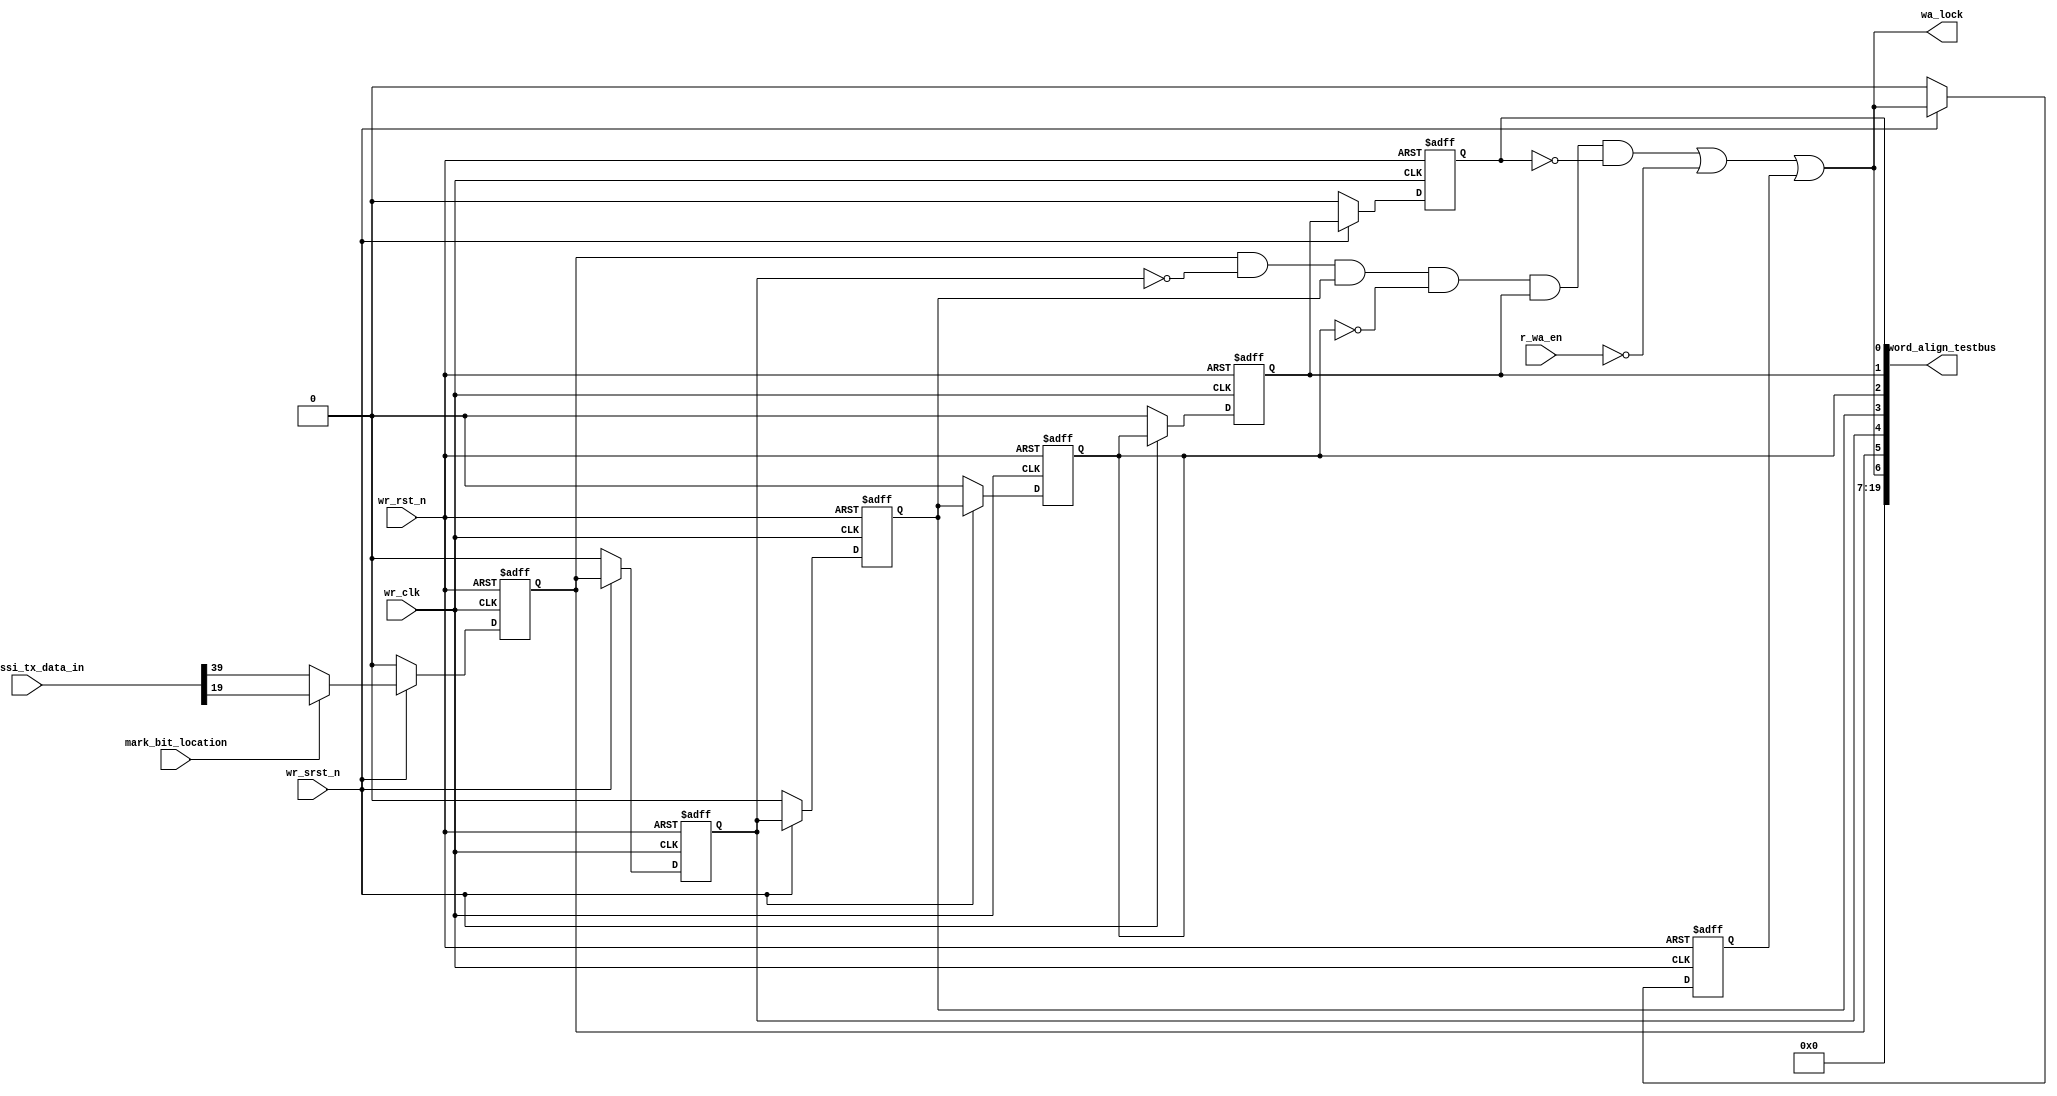
// This program was cloned from: https://github.com/chipsalliance/aib-phy-hardware
// License: Apache License 2.0

// SPDX-License-Identifier: Apache-2.0
// Copyright (C) 2019 Intel Corporation. 
//------------------------------------------------------------------------
// (C) 2009 Altera Corporation. .  
//
//------------------------------------------------------------------------
// Revision:    $Revision: #1 $
//------------------------------------------------------------------------
// Description: 
//
//------------------------------------------------------------------------


module c3aibadapt_txdp_word_align 
  #(
    parameter DWIDTH = 'd40             // FIFO Input data width 
    )
    (
    input  wire               wr_clk,      	  // clock
    input  wire               wr_rst_n,       	  // async reset
    input  wire               wr_srst_n,       	  // sync reset
    input  wire               r_wa_en,            // Word-align enable  
    input  wire [DWIDTH-1:0]  aib_hssi_tx_data_in,    // Write Data In
    input  wire		      mark_bit_location,
    output wire		      wa_lock,		  // Go to FIFO, status reg
    output wire [19:0]	      word_align_testbus
    );
    
 //********************************************************************
// Define Parameters 
//********************************************************************


//********************************************************************
// Define variables 
//********************************************************************

reg		        wm_bit;
reg		        wm_bit_d1;
reg		        wm_bit_d2;
reg		        wm_bit_d3;
reg		        wm_bit_d4;
reg		        wm_bit_d5;
reg			wa_lock_lt;
wire			wa_lock_int;
//********************************************************************
// Main logic 
//********************************************************************



//Word-align
always @(negedge wr_rst_n or posedge wr_clk) begin
   if (wr_rst_n == 1'b0) begin
     wm_bit 	 <= 1'b0;
     wm_bit_d1 <= 1'b0;
     wm_bit_d2 <= 1'b0;
     wm_bit_d3 <= 1'b0;
     wm_bit_d4 <= 1'b0;
     wm_bit_d5 <= 1'b0;
   end
   else if (wr_srst_n == 1'b0) begin
     wm_bit 	 <= 1'b0;
     wm_bit_d1 <= 1'b0;
     wm_bit_d2 <= 1'b0;
     wm_bit_d3 <= 1'b0;
     wm_bit_d4 <= 1'b0;
     wm_bit_d5 <= 1'b0;
   end
   else begin
     wm_bit 	 <= ~mark_bit_location ? aib_hssi_tx_data_in[39] : aib_hssi_tx_data_in[19];
     wm_bit_d1 <= wm_bit;
     wm_bit_d2 <= wm_bit_d1;
     wm_bit_d3 <= wm_bit_d2;
     wm_bit_d4 <= wm_bit_d3;
     wm_bit_d5 <= wm_bit_d4;
   end
end

always @(negedge wr_rst_n or posedge wr_clk) begin
   if (wr_rst_n == 1'b0) begin
     wa_lock_lt 	 <= 1'b0;
   end
   else if (wr_srst_n == 1'b0) begin
     wa_lock_lt 	 <= 1'b0;
   end   else begin
     wa_lock_lt 	 <= wa_lock_int || wa_lock_lt;
   end
end

assign wa_lock_int = wm_bit && ~wm_bit_d1 && wm_bit_d2 && ~wm_bit_d3 && wm_bit_d4 && ~wm_bit_d5 || ~r_wa_en;

assign wa_lock = wa_lock_int || wa_lock_lt;

//assign wa_error = (data_out[39] || ~data_out[79]) && r_wa_en && rd_en_reg;

//always @(negedge wr_rst_n or posedge wr_clk) begin
//   if (wr_rst_n == 1'b0) begin
//     wa_error_cnt <= 1'b0;
//   end
//   else if (wa_error_cnt < 4'b1111 && wa_error) begin
//     wa_error_cnt 	<= wa_error_cnt + 1'b1;
//   end
//end

assign word_align_testbus = {13'd0, wa_lock, wm_bit, wm_bit_d1, wm_bit_d2, wm_bit_d3, wm_bit_d4, wm_bit_d5};
  
endmodule